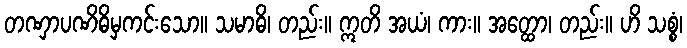
တဏှာပဏိဓိမှကင်းသော။ သမာဓိ၊ တည်း။ ဣတိ အယံ၊ ကား။ အတ္ထော၊ တည်း။ ဟိ သစ္စံ၊